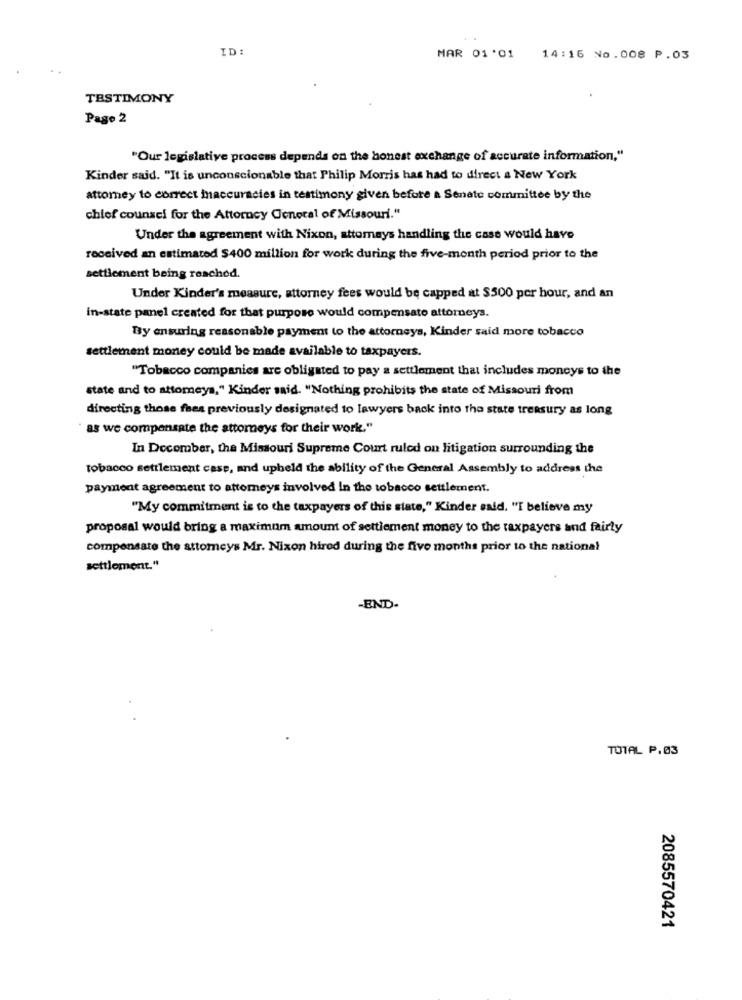
ID:
MAR 01'01
14:16 No.008 P.03
TESTIMONY
Page 2
"Our legislative process depends on the honest exchange of accurate information,"
Kinder said. "It is unconscionable that Philip Morris has had to direct a New York
attorney to correct inaccuracies in testimony given before a Senate committee by the
chief counsel for the Attorney General of Missouri."
Under the agreement with Nixon, attorneys handling the case would have
received an estimated $400 million for work during the five-month period prior to the
settlement being reached.
Under Kinder's measure, attorney fees would be capped at $500 per hour, and an
in-state panel created for that purpose would compensato attorneys.
By ensuring reasonable payment to the attorneys, Kinder said more tobacco
settlement money could be made available to taxpayers.
"Tobacco companies are obligated to pay a settlement that includes moneys to the
state and to attomeya," Kinder said. "Nothing prohibits the state of Missouri from
directing those fees previously designated to lawyers back into the state treasury as long
as we compensate the attorneys for their work."
In December, the Missouri Supreme Court ruled on litigation surrounding the
Tobacco settlement case, and upheld the ability of the General Assembly to address the
payment agreement to attorneys involved In the tobacco settlement.
"My commitment is to the taxpayers of this state," Kinder exid. "I believe my
proposal would bring a maximum amount of settlement money to the taxpayers and fairly
compensate the attorneys Mr. Nixon hired during the five months prior to the national
settlement."
-END
TOTAL P.03
2085570421